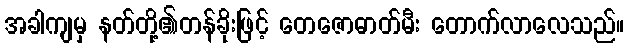
အခါကျမှ နတ်တို့၏တန်ခိုးဖြင့် တေဇောဓာတ်မီး တောက်လာလေသည်။